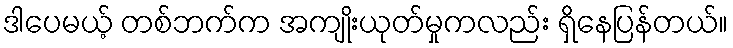
ဒါပေမယ့် တစ်ဘက်က အကျိုးယုတ်မှုကလည်း ရှိနေပြန်တယ်။